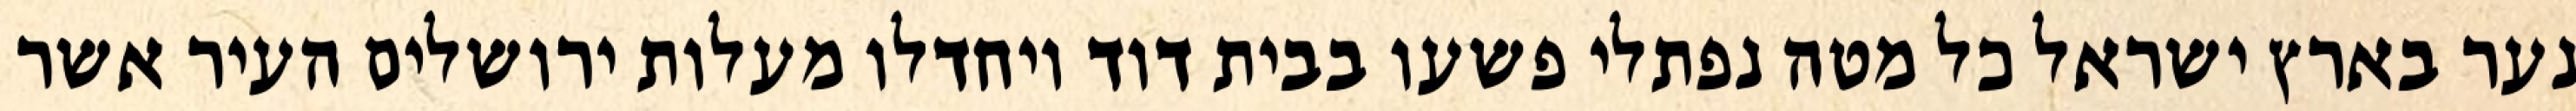
נער בארץ ישראל כל מטה נפתלי פשעו בבית דוד ויחדלו מעלות ירושלים העיר אשר